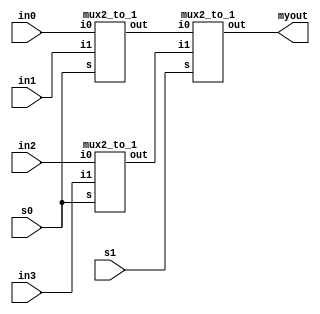
module mux4_to_1 (myout,in0,in1,in2,in3,s0,s1);
	output myout;
	input in0,in1,in2,in3,s0,s1;
	wire w1,w2;
	mux2_to_1 mymux1(w1,in0,in1,s0);
	mux2_to_1 mymux2(w2,in2,in3,s0);
	mux2_to_1 mymux3(myout,w1,w2,s1);
endmodule

module mux2_to_1(out,i0,i1,s);
	output out;
	input i0,i1;
	input s;
	wire w0,w1;
	wire sbar;
	not(sbar,s);
	and(w0,i0,sbar);
	and(w1,i1,s);
	or(out,w0,w1);
endmodule